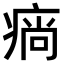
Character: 𤷛